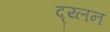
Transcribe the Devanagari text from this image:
द्य्लन